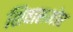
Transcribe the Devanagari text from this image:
शिवासमोर